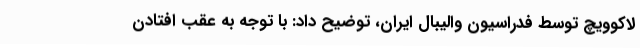
لاکوویچ توسط فدراسیون ‌والیبال ایران، توضیح داد: با توجه به عقب افتادن